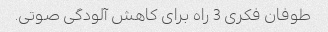
طوفان فکری 3 راه برای کاهش آلودگی صوتی.